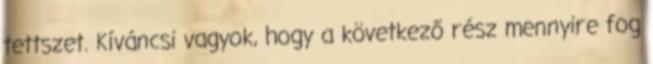
tettszet. Kíváncsi vagyok, hogy a következő rész mennyire fog